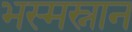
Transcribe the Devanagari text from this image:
भस्मस्नान